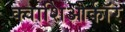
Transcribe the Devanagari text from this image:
क्वाशिओर्कॉर